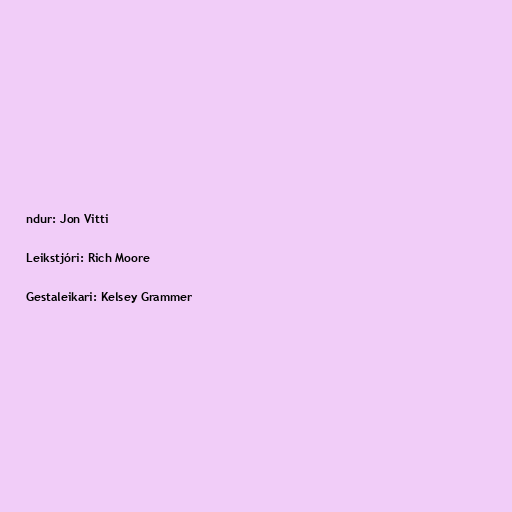
ndur: Jon Vitti

Leikstjóri: Rich Moore

Gestaleikari: Kelsey Grammer